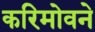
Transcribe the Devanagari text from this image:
करिमोवने